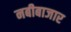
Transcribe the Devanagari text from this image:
नबीबाजार